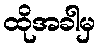
ထိုအခါမှ